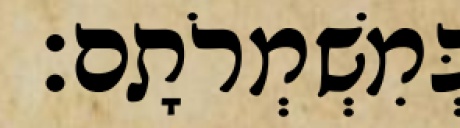
בְּמִשְׁמְרֹתָם׃